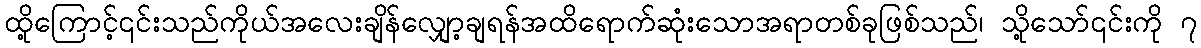
ထို့ကြောင့်၎င်းသည်ကိုယ်အလေးချိန်လျှော့ချရန်အထိရောက်ဆုံးသောအရာတစ်ခုဖြစ်သည်၊ သို့သော်၎င်းကို ၇